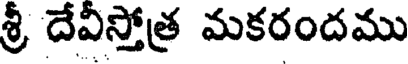
శ్రీ దేవిస్తోత్ర మకరందము